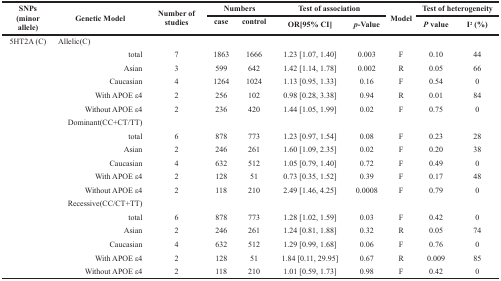
<table><thead><tr><td rowspan="2"><b>SNPs(minor allele)</b></td><td rowspan="2"><b>Genetic Model</b></td><td rowspan="2"><b>Number of studies</b></td><td colspan="2"><b>Numbers</b></td><td colspan="2"><b>Test of association</b></td><td rowspan="2"><b>Model</b></td><td colspan="2"><b>Test of heterogeneity</b></td></tr><tr><td><b>case</b></td><td><b>control</b></td><td><b>OR[95% CI]</b></td><td><b><i>p</i>-Value</b></td><td><b><i>P</i> value</b></td><td><b>I<sup>2</sup> (%)</b></td></tr></thead><tbody><tr><td>5HT2A (C)</td><td>Allelic(C)</td><td></td><td></td><td></td><td></td><td></td><td></td><td></td><td></td></tr><tr><td></td><td>total</td><td>7</td><td>1863</td><td>1666</td><td>1.23 [1.07, 1.40]</td><td>0.003</td><td>F</td><td>0.10</td><td>44</td></tr><tr><td></td><td>Asian</td><td>3</td><td>599</td><td>642</td><td>1.42 [1.14, 1.78]</td><td>0.002</td><td>R</td><td>0.05</td><td>66</td></tr><tr><td></td><td>Caucasian</td><td>4</td><td>1264</td><td>1024</td><td>1.13 [0.95, 1.33]</td><td>0.16</td><td>F</td><td>0.54</td><td>0</td></tr><tr><td></td><td>With APOE ε4</td><td>2</td><td>256</td><td>102</td><td>0.98 [0.28, 3.38]</td><td>0.94</td><td>R</td><td>0.01</td><td>84</td></tr><tr><td></td><td>Without APOE ε4</td><td>2</td><td>236</td><td>420</td><td>1.44 [1.05, 1.99]</td><td>0.02</td><td>F</td><td>0.75</td><td>0</td></tr><tr><td></td><td>Dominant(CC+CT/TT)</td><td></td><td></td><td></td><td></td><td></td><td></td><td></td><td></td></tr><tr><td></td><td>total</td><td>6</td><td>878</td><td>773</td><td>1.23 [0.97, 1.54]</td><td>0.08</td><td>F</td><td>0.23</td><td>28</td></tr><tr><td></td><td>Asian</td><td>2</td><td>246</td><td>261</td><td>1.60 [1.09, 2.35]</td><td>0.02</td><td>F</td><td>0.20</td><td>38</td></tr><tr><td></td><td>Caucasian</td><td>4</td><td>632</td><td>512</td><td>1.05 [0.79, 1.40]</td><td>0.72</td><td>F</td><td>0.49</td><td>0</td></tr><tr><td></td><td>With APOE ε4</td><td>2</td><td>128</td><td>51</td><td>0.73 [0.35, 1.52]</td><td>0.39</td><td>F</td><td>0.17</td><td>48</td></tr><tr><td></td><td>Without APOE ε4</td><td>2</td><td>118</td><td>210</td><td>2.49 [1.46, 4.25]</td><td>0.0008</td><td>F</td><td>0.79</td><td>0</td></tr><tr><td></td><td>Recessive(CC/CT+TT)</td><td></td><td></td><td></td><td></td><td></td><td></td><td></td><td></td></tr><tr><td></td><td>total</td><td>6</td><td>878</td><td>773</td><td>1.28 [1.02, 1.59]</td><td>0.03</td><td>F</td><td>0.42</td><td>0</td></tr><tr><td></td><td>Asian</td><td>2</td><td>246</td><td>261</td><td>1.24 [0.81, 1.88]</td><td>0.32</td><td>R</td><td>0.05</td><td>74</td></tr><tr><td></td><td>Caucasian</td><td>4</td><td>632</td><td>512</td><td>1.29 [0.99, 1.68]</td><td>0.06</td><td>F</td><td>0.76</td><td>0</td></tr><tr><td></td><td>With APOE ε4</td><td>2</td><td>128</td><td>51</td><td>1.84 [0.11, 29.95]</td><td>0.67</td><td>R</td><td>0.009</td><td>85</td></tr><tr><td></td><td>Without APOE ε4</td><td>2</td><td>118</td><td>210</td><td>1.01 [0.59, 1.73]</td><td>0.98</td><td>F</td><td>0.42</td><td>0</td></tr></tbody></table>